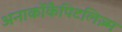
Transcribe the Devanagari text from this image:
अनार्कोकैपिटलिज़्म